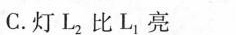
C.灯L_{2}比L_{1}亮